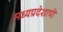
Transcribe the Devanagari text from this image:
मध्‍यप्रदेशाची